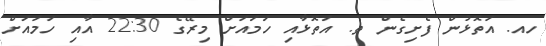
ހއ. އަތޮޅުން ފެށިގެން ތ. އަތޮޅާއި ހަމައަށް މިރޭގެ 22:30 އާއި ހަމައަށް